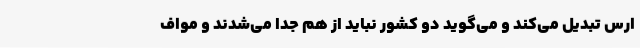
ارس تبدیل می‌کند و می‌گوید دو کشور نباید از هم جدا می‌شدند و مواف